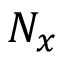
N _ { x }